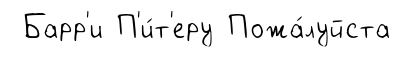
Барр'и П'и́т'еру Пожа́луйста